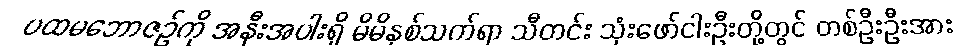
ပထမဘောဇဉ်ကို အနီးအပါးရှိ မိမိနှစ်သက်ရာ သီတင်း သုံးဖော်ငါးဦးတို့တွင် တစ်ဦးဦးအား